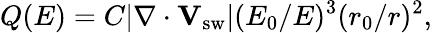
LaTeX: Q(E)=C|\nabla\cdot\mathbf{V}_{\mathrm{sw}}|(E_{0}/E)^{3}(r_{0}/r)^{2},